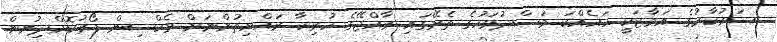
ސަރުކާރުގެ އަމާޒަކީ ހައެއްކަ މަސްދުވަހުގެ ތެރޭގައި ރާއްޖޭގެ ހުރިހާ ރައްޔިތުންނަށް ވެކްސިން ފޯރުކޮށްދިނުން